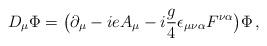
LaTeX: \begin{align*} D_\mu \Phi = \big( \partial_\mu - i e A_\mu - i {g \over 4} \epsilon_{\mu \nu \alpha} F^{\nu \alpha} \big) \Phi \, ,\end{align*}